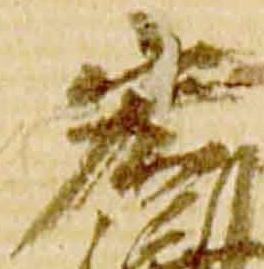
宏